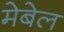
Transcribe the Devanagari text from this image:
मेबेल